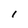
Character: l